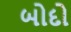
બોદો